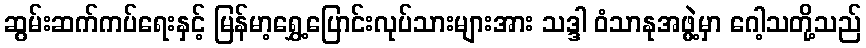
ဆွမ်းဆက်ကပ်ရေးနှင့် မြန်မာ့ရွှေ့ပြောင်းလုပ်သားများအား သဒ္ဒါ ဝံသာနုအဖွဲ့မှာ ဂေါ့သတို့သည်